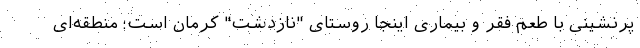
پرنشینی با طعم فقر و بیماری اینجا روستای "نازدشت" کرمان است؛ منطقه‌ای